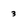
Character: 3